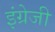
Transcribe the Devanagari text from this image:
इंग्रेजी